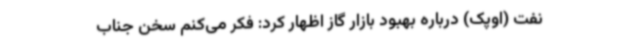
نفت (اوپک) درباره بهبود بازار گاز اظهار کرد: فکر می‌کنم سخن جناب